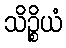
သိဉ္စိယံ